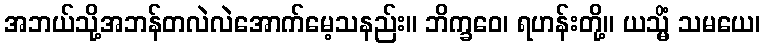
အဘယ်သို့အဘန်တလဲလဲအောက်မေ့သနည်း။ ဘိက္ခဝေ၊ ရဟန်းတို့။ ယသ္မိံ သမယေ၊